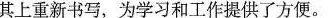
其上重新书写，为学习和工作提供了方便。